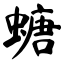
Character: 螗